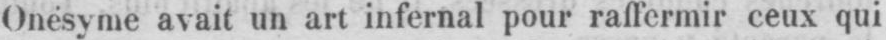
Onésyme avait un art infernal pour raffermir ceux qui